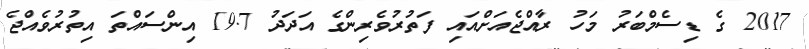
2017 ގެ ޑިސެމްބަރު މަހު ރާއްޖެއަށްއައި ފަތުރުވެރިންގެ އަދަދު 19.7 އިންސައްތަ އިތުރުވެއްޖެ